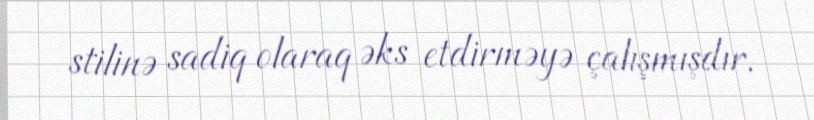
stilinə sadiq olaraq əks etdirməyə çalışmışdır.